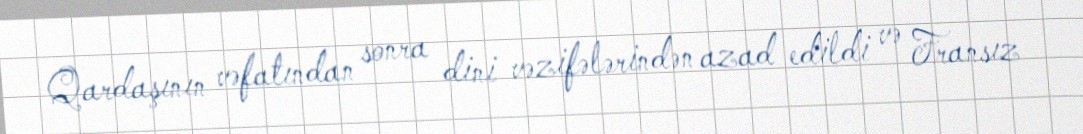
Qardaşının vəfatından sonra dini vəzifələrindən azad edildi və Fransız